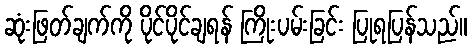
ဆုံးဖြတ်ချက်ကို ပိုင်ပိုင်ချရန် ကြိုးပမ်းခြင်း ပြုရပြန်သည်။